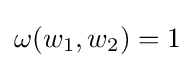
\omega (w_{1},w_{2})=1